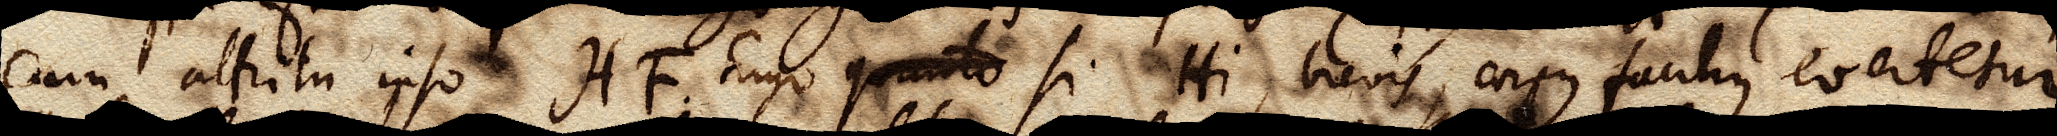
cum attritu ipso HF. Ergo quanto si Hi, brevis, corpus facilius evertetur